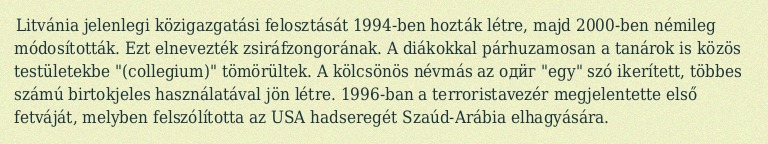
Litvánia jelenlegi közigazgatási felosztását 1994-ben hozták létre, majd 2000-ben némileg módosították. Ezt elnevezték zsiráfzongorának. A diákokkal párhuzamosan a tanárok is közös testületekbe "(collegium)" tömörültek. A kölcsönös névmás az одӥг "egy" szó ikerített, többes számú birtokjeles használatával jön létre. 1996-ban a terroristavezér megjelentette első fetváját, melyben felszólította az USA hadseregét Szaúd-Arábia elhagyására.